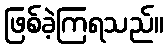
ဖြစ်ခဲ့ကြရသည်။